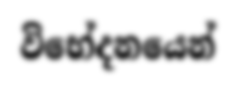
විභේදනයෙන්